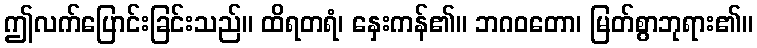
ဤလက်ပြောင်းခြင်းသည်။ ထိရတရံ၊ နှေးကန်၏။ ဘဂဝတော၊ မြတ်စွာဘုရား၏။